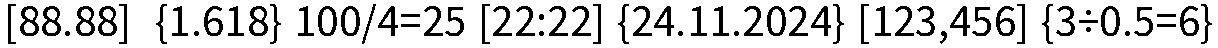
[88.88]  {1.618} 100/4=25 [22:22] {24.11.2024} [123,456] {3÷0.5=6}